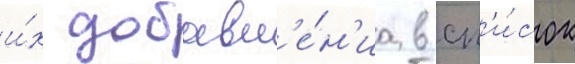
и́х добавл'е́н'иа в сп'и́сок